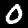
Label: 0